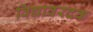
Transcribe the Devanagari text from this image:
विद्यावरदक